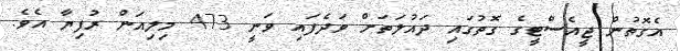
އެގޮތުން ޖީއެސްޓީގެ ގޮތުގައި ދައުލަތަށް ވަދެފައި ވަނީ 473 މިލިއަން ރުފިޔާ އެވެ.